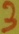
Text: 3